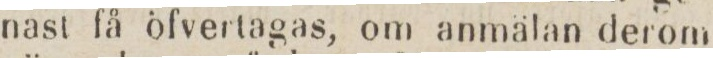
nast få öfvertagas, om anmälan derom